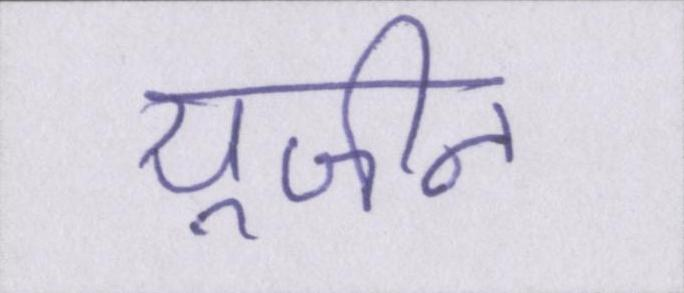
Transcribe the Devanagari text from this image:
यूजीन